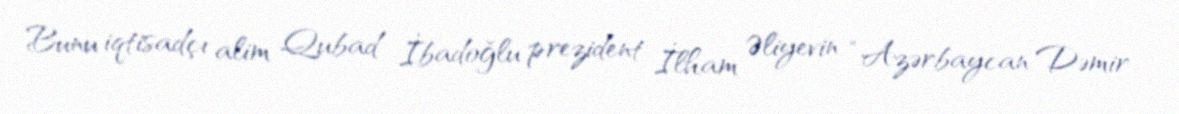
Bunu iqtisadçı alim Qubad İbadoğlu prezident İlham Əliyevin “Azərbaycan Dəmir